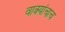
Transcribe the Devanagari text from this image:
वाक्यांचाच